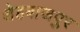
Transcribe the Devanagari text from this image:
शेहबाजपुर